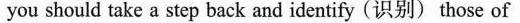
you should take a step back and identify (识别) those of